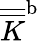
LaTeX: \overline{{\overline{{K}}}}^{\textup{b}}